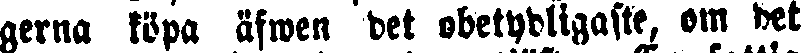
gerna köpa äfwen det obetydligaste, om det